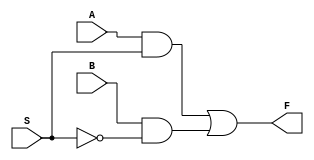
//8 bit even parity detector using multiplexer
//2x1 Mux
module Mux_2x1(
  input A, B, S,
  output F );
  wire W1, W2;
  and a1(W1, A, S);
  and a2(W2, B, ~S);
  or o1(F, W1, W2);
endmodule

// 4-bit even parity detector
module EPD_4bit (
  input A, B, C, P,
  output E );
  wire W1, W2, W3;
  xor x1(W1, A, B);
  xor x2(W2, C, P);
  xor x3(W3, W1, W2);
  Mux_2x1 M1(.F(E), .A(W1), .B(W2), .S(W3));
endmodule

// 8-bit even parity detector
module EPD_8bit(
  input [7:0] A,
  output E );
  wire W1, W2, W3;
  EPD_4bit E1(.A(A[0]), .B(A[1]), .C(A[2]), .P(A[3]), .E(W1));
  EPD_4bit E2(.A(A[0]), .B(A[4]), .C(A[5]), .P(A[6]), .E(W2));
  xor x3(W3, W1, W2);
  Mux_2x1 M1(.F(E), .A(W1), .B(W2), .S(W3));
endmodule